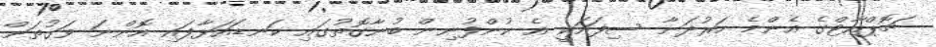
ޗޮޕްއާޓްގެ އެންމެ ހަރުދަނާ ސިފައަކީ އެ ކުންފުނިން ބުނާގޮތުގައި ކަނޑައަޅާފައި އޮންނަ ވަގުތަށް